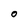
Character: O